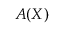
\ensuremath { \boldsymbol { A } } ( \ensuremath { \boldsymbol { X } } )